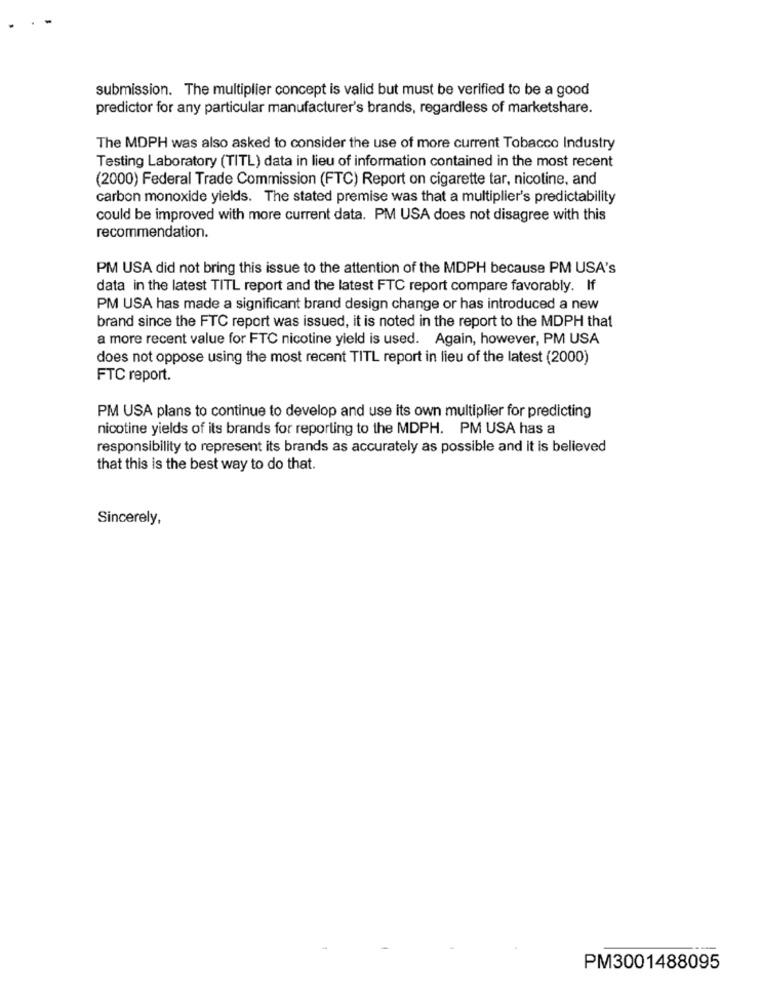
submission. The multiplier concept is valid but must be verified to be a good
predictor for any particular manufacturer's brands, regardless of marketshare.
The MDPH was also asked to consider the use of more current Tobacco Industry
Testing Laboratory (TITL) data in lieu of information contained in the most recent
(2000) Federal Trade Commission (FTC) Report on cigarette tar, nicotine, and
carbon monoxide yields. The stated premise was that a multiplier's predictability
could be improved with more current data. PM USA does not disagree with this
recommendation.
PM USA did not bring this issue to the attention of the MDPH because PM USA's
data in the latest TITL report and the latest FTC report compare favorably. If
PM USA has made a significant brand design change or has introduced a new
brand since the FTC report was issued, it is noted in the report to the MDPH that
a more recent value for FTC nicotine yield is used. Again, however, PM USA
does not oppose using the most recent TITL report in lieu of the latest (2000)
FTC report.
PM USA plans to continue to develop and use its own multiplier for predicting
nicotine yields of its brands for reporting to the MDPH. PM USA has a
responsibility to represent its brands as accurately as possible and it is believed
that this is the best way to do that.
Sincerely,
PM3001488095